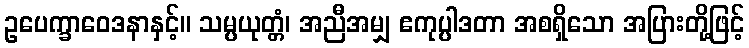
ဥပေက္ခာဝေဒနာနှင့်။ သမ္ပယုတ္တံ၊ အညီအမျှ ဧကုပ္ပါဒတာ အစရှိသော အပြားတို့ဖြင့်